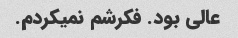
عالی بود. فکرشم نمیکردم.